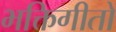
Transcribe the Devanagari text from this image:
भक्तिगीतों